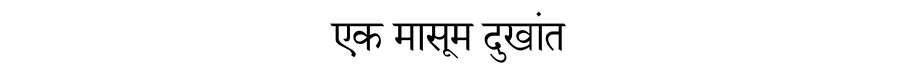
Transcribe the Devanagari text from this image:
एक मासूम दुखांत